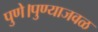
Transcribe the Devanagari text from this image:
पुणे।पुण्याजवळ